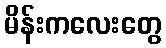
မိန်းကလေးတွေ